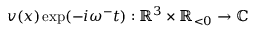
v ( x ) \exp ( - i \omega ^ { - } t ) : \mathbb { R } ^ { 3 } \times \mathbb { R } _ { < 0 } \rightarrow \mathbb { C }